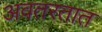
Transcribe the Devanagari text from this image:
अवतरतात